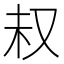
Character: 𫨴